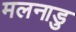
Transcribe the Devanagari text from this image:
मलनाडु